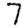
Digit: 7